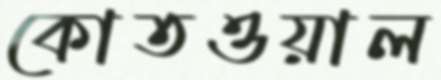
কোতওয়াল